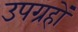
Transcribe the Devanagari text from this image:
उपग्रहोंं